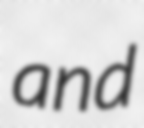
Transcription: and